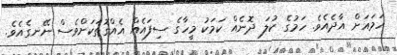
ހަމައަށް އާދެއެވެ. ހަމުގެ ކުލަ ދޮނެއް ކަމަކު މީހާގެ ސިފައެއް އެއްގޮތަކަށްވެސް ނޭނގެއެވެ.